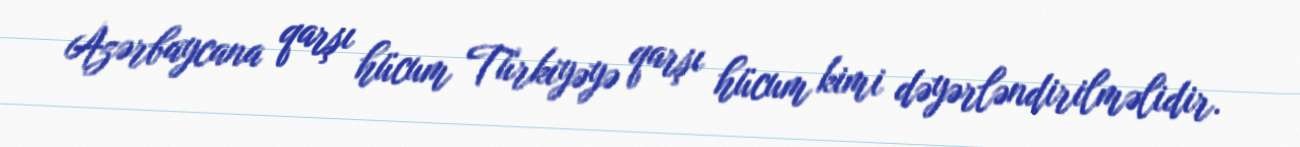
Azərbaycana qarşı hücum Türkiyəyə qarşı hücum kimi dəyərləndirilməlidir.